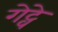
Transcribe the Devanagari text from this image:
गेट्वे